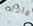
ماذا